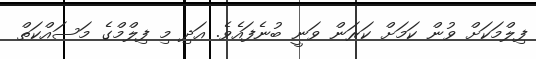
ފިލްމަކަށް ވުން ކަމަށް ކަރަން ވަނީ ބުނެފައެވެ. އަދި މި ފިލްމްގެ މަސައްކަތް